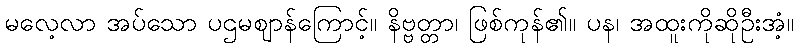
မလေ့လာ အပ်သော ပဌမဈာန်ကြောင့်။ နိဗ္ဗတ္တာ၊ ဖြစ်ကုန်၏။ ပန၊ အထူးကိုဆိုဦးအံ့။